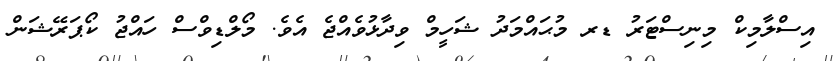
އިސްލާމިކް މިނިސްޓަރު ޑރ މުޙައްމަދު ޝަހީމް ވިދާޅުވެއްޖެ އެވެ. މޯލްޑިވްސް ހައްޖު ކޯޕަރޭޝަން